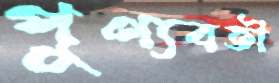
পুণ্যবতী